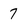
Character: 7